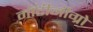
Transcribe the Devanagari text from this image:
मॉटीनीग्रो